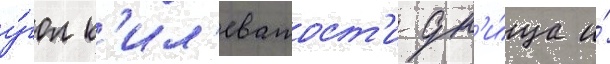
у́гол к'ил'еватост'и дн'и́ща и́